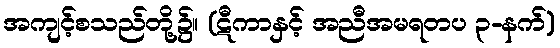
အကျင့်စသည်တို့၌။ (ဋီကာနှင့် အညီအမရတပ ၃-နက်)